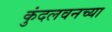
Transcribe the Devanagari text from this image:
कुंदलवनच्या